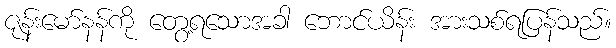
ဇုန်းမော်နန်ကို တွေ့ရသောအခါ ဘောင်ယိန်း အားသစ်ရပြန်သည်။